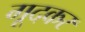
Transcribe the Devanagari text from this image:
गूदकर